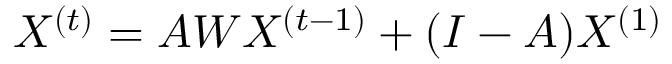
X ^ { ( t ) } = A W X ^ { ( t - 1 ) } + ( I - A ) X ^ { ( 1 ) }